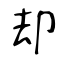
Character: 却